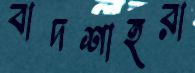
বাদশাহরা